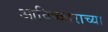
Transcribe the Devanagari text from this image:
आविष्काराच्या